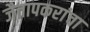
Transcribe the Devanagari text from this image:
जैतापकरांचा